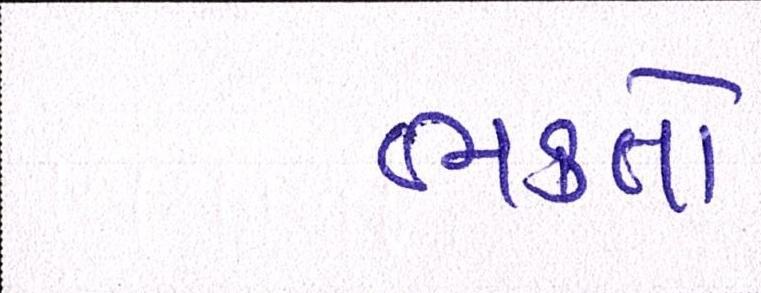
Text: ભક્તો